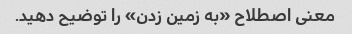
معنی اصطلاح «به زمین زدن» را توضیح دهید.